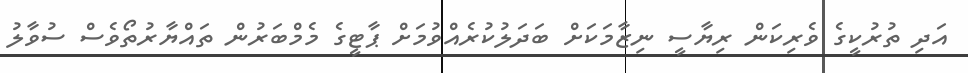
އަދި ތުރުކީގެ ވެރިކަން ރިޔާސީ ނިޒާމަކަށް ބަދަލުކުރެއްވުމަށް ޕާޓީގެ މެމްބަރުން ތައްޔާރުތޯވެސް ސުވާލު